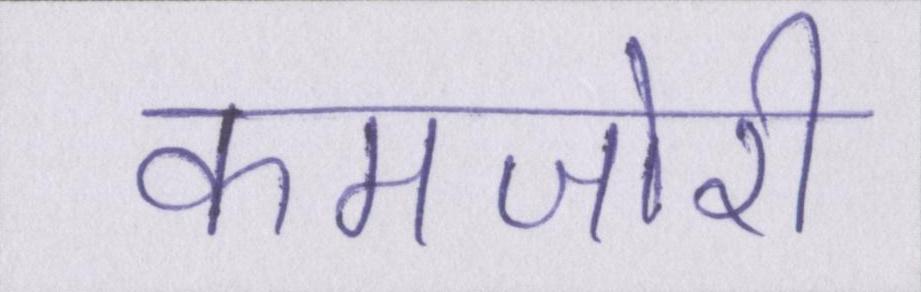
कमजोरी